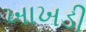
ખાખડી